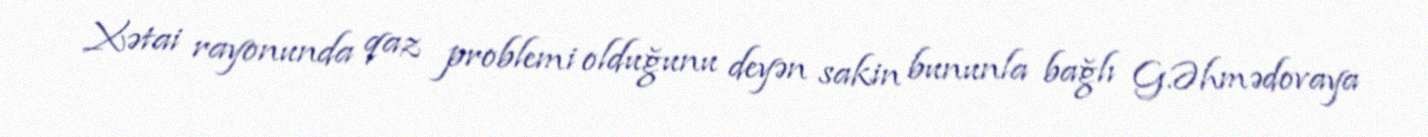
Xətai rayonunda qaz problemi olduğunu deyən sakin bununla bağlı G.Əhmədovaya